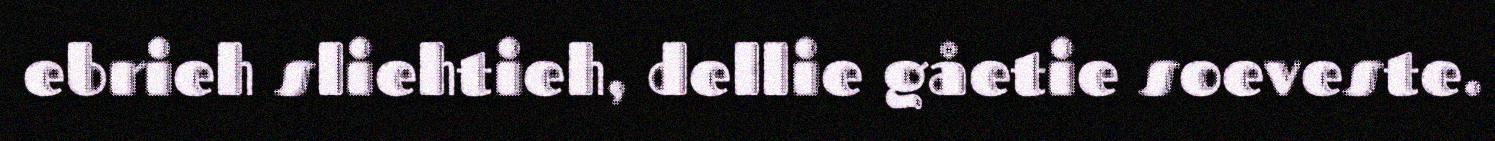
ebrieh sliehtieh, dellie gåetie soeveste.